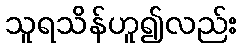
သူရသိန်ဟူ၍လည်း